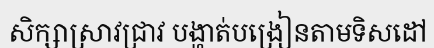
សិក្សាស្រាវជ្រាវ បង្ហាត់បង្រៀនតាមទិសដៅ